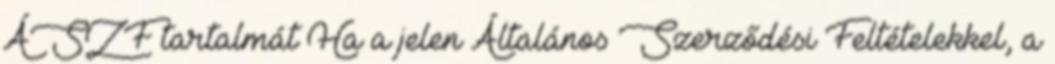
ÁSZF tartalmát Ha a jelen Általános Szerződési Feltételekkel, a